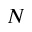
N